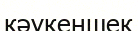
кәукеншек